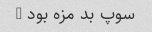
سوپ بد مزه بود …